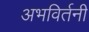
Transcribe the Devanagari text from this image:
अभविर्तनी